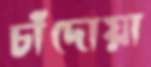
চাঁদোয়া